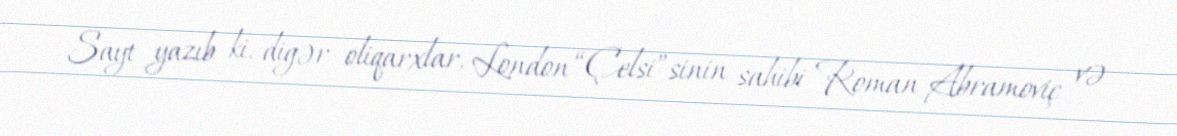
Sayt yazıb ki, digər oliqarxlar, London “Çelsi”sinin sahibi Roman Abramoviç və